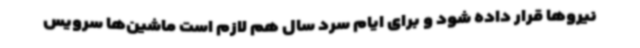
نیروها قرار داده شود و برای ایام سرد سال هم لازم است ماشین‌ها سرویس